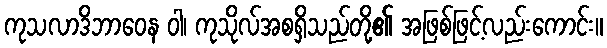
ကုသလာဒိဘာဝေန ဝါ၊ ကုသိုလ်အစရှိသည်တို့၏ အဖြစ်ဖြင့်လည်းကောင်း။